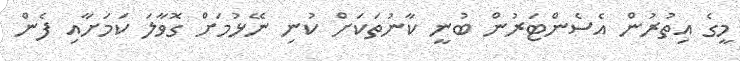
މީގެ އިތުރުން އެސެންޓަރުން ބުނީ ކާނުތަކަށް ކުނި ނޭޅުމަށް ގޮވާލަ ކަމަށާއި ފެން